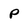
Character: P